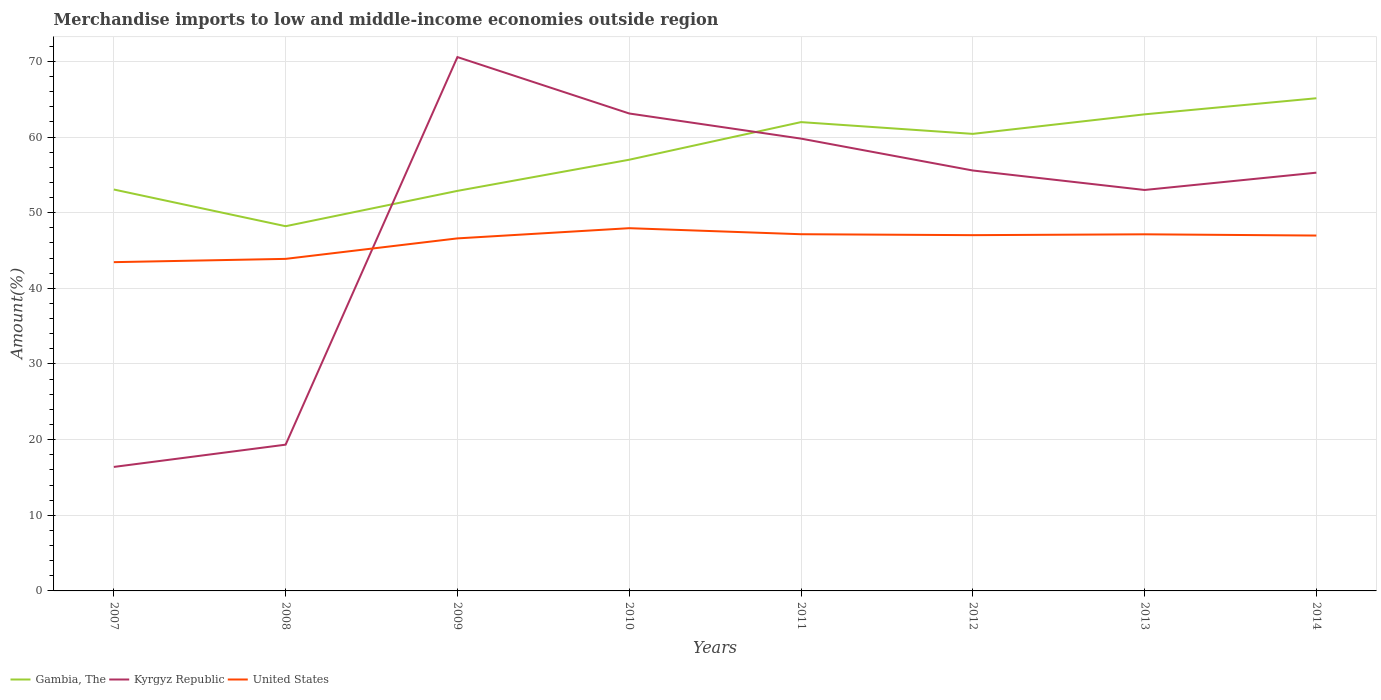
| Years | Gambia, The | Kyrgyz Republic | United States |
 | --- | --- | --- | --- |
 | 2007 | 53.1 | 16.4 | 43.5 |
 | 2008 | 48.2 | 19.3 | 43.9 |
 | 2009 | 52.9 | 70.6 | 46.6 |
 | 2010 | 57 | 63.1 | 48 |
 | 2011 | 62 | 59.8 | 47.2 |
 | 2012 | 60.4 | 55.6 | 47 |
 | 2013 | 63 | 53 | 47.1 |
 | 2014 | 65.1 | 55.3 | 47 |